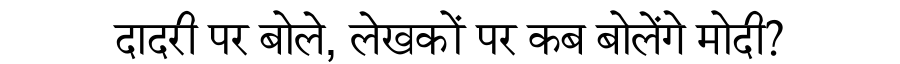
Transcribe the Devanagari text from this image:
दादरी पर बोले, लेखकों पर कब बोलेंगे मोदी?